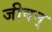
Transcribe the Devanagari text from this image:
जीवन्